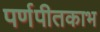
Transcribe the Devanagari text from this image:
पर्णपीतकाभ